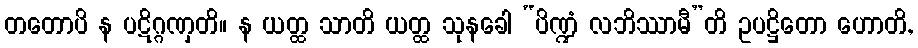
တတောပိ န ပဋိဂ္ဂဏှတိ။ န ယတ္ထ သာတိ ယတ္ထ သုနခေါ “ပိဏ္ဍံ လဘိဿာမီ”တိ ဥပဋ္ဌိတော ဟောတိ,